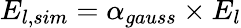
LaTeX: E_{l,sim}=\alpha_{gauss}\times E_{l}